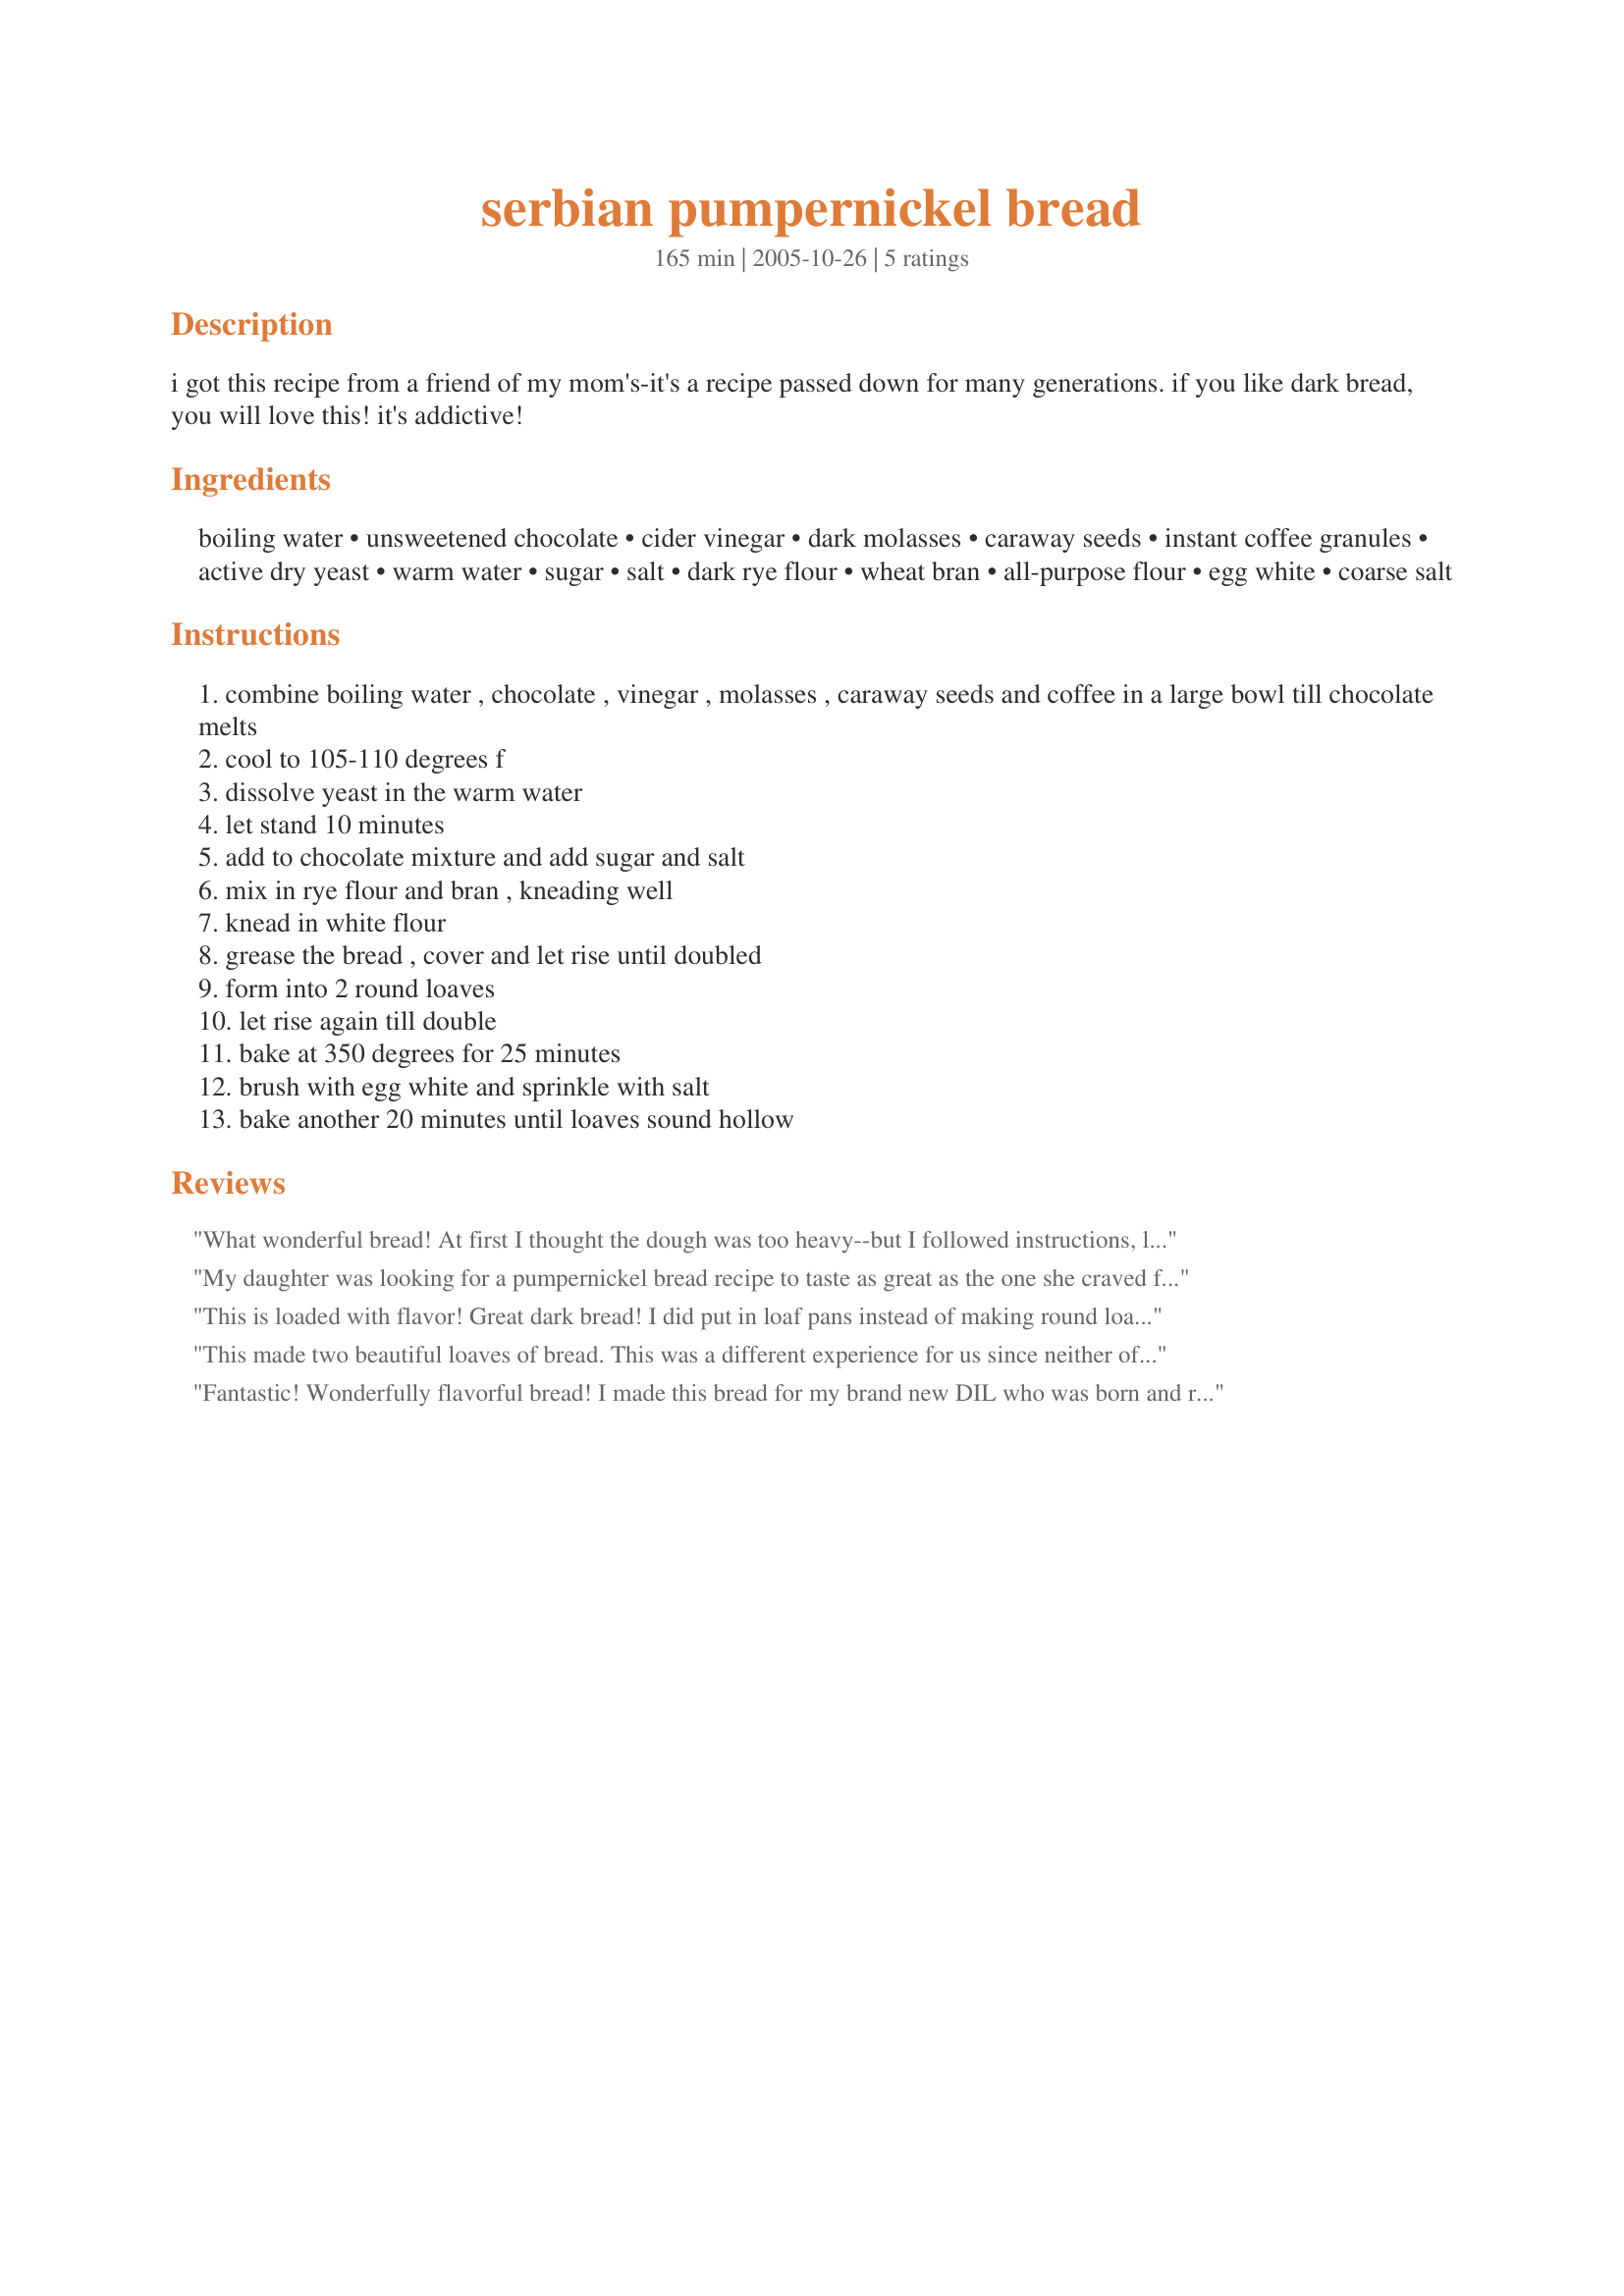
serbian pumpernickel bread
Preparation time: 165 minutes

i got this recipe from a friend of my mom's-it's a recipe passed down for many generations. if you like dark bread, you will love this! it's addictive!

Ingredients:
boiling water, unsweetened chocolate, cider vinegar, dark molasses, caraway seeds, instant coffee granules, active dry yeast, warm water, sugar, salt, dark rye flour, wheat bran, all-purpose flour, egg white, coarse salt

Steps:
combine boiling water , chocolate , vinegar , molasses , caraway seeds and coffee in a large bowl till chocolate melts
cool to 105-110 degrees f
dissolve yeast in the warm water
let stand 10 minutes
add to chocolate mixture and add sugar and salt
mix in rye flour and bran , kneading well
knead in white flour
grease the bread , cover and let rise until doubled
form into 2 round loaves
let rise again till double
bake at 350 degrees for 25 minutes
brush with egg white and sprinkle with salt
bake another 20 minutes until loaves sound hollow

Reviews:
What wonderful bread! At first I thought the dough was too heavy--but I followed instructions, let it rise twice and baked. We had two wonderful loaves, each with a great crust and a wonderful dense crumb, very rich flavor. My only departure from the recipe was to use fennel seeds instead of caraway. Everyone LOVED this bread. Thanks, Kaarin!
My daughter was looking for a pumpernickel bread recipe to taste as great as the one she craved from her bakery. When we tried this one she knew we had found it! All her friends and family from kids on up raved and became addicted to it just like its author had bragged ! A true find!
This is loaded with flavor! Great dark bread! I did put in loaf pans instead of making round loaves. I also couldn't find wheat bran (still looking), so I crushed up some wheat bran flakes in blender. It worked great!
This made two beautiful loaves of bread. This was a different experience for us since neither of us have ever had Pumpernickel bread and didn't really know what to expect. Found it to have a very bold taste with the rye and caraway seeds dominating the flavors. I could not find the dark rye flour so my bread didn't turn out as dark as it probably should have. Made pumpernickel croutons for recipe #97936 Thanks Kaarin for sharing. :)
Fantastic! Wonderfully flavorful bread! I made this bread for my brand new DIL who was born and raised in Serbia. She said it was the best she had ever had! I made it exactly as written, except for the bran; I substituted oat bran for the wheat because that is what I had on hand. Thank you Kaarin for a wonderful recipe!
